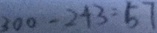
3 0 0 - 2 4 3 = 5 7